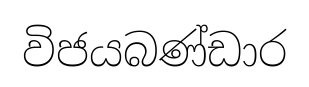
විජයබණ්ඩාර